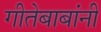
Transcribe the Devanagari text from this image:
गीतेबाबांनी